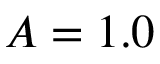
A = 1 . 0